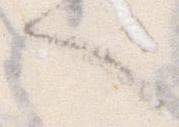
へ